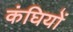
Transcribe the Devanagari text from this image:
कंघियों